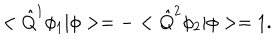
< \hat { Q } ^ { 1 } \phi _ { 1 } | \phi > = - < \hat { Q } ^ { 2 } \phi _ { 2 } | \phi > = 1 .